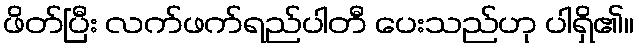
ဖိတ်ပြီး လက်ဖက်ရည်ပါတီ ပေးသည်ဟု ပါရှိ၏။